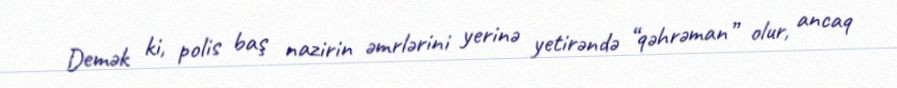
Demək ki, polis baş nazirin əmrlərini yerinə yetirəndə “qəhrəman” olur, ancaq